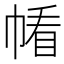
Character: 𱜰